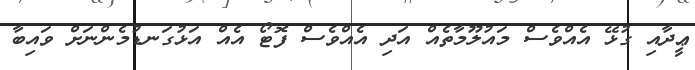
ޢީދާއި ގުޅޭ އެއްވެސް މައުލޫމާތެއް އަދި އެއްވެސް ފޮޓޯ އެއް އަޅުގަނޑުމެންނަށް ވައިބާ